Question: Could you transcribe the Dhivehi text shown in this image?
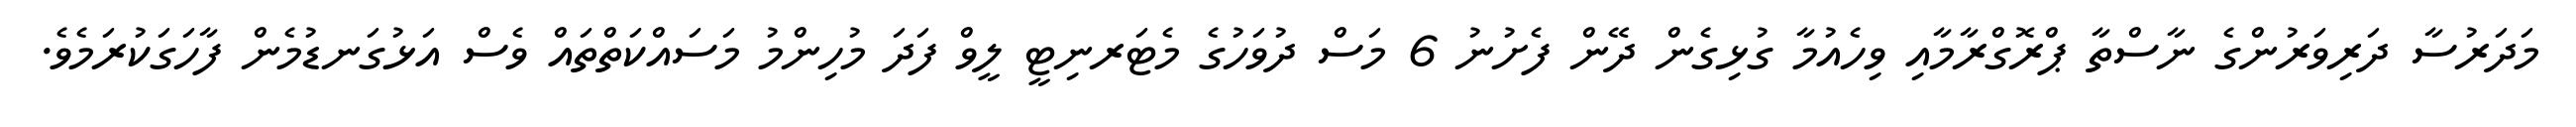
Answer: މަދަރުސާ ދަރިވަރުންގެ ނާސްތާ ޕްރޮގްރާމާއި ވިހެއުމާ ގުޅިގެން ދޭން ފެށުނު 6 މަސް ދުވަހުގެ މެޓަރނިޓީ ލީވް ފަދަ މުހިންމު މަސައްކަތްތައް ވެސް އަޅުގަނޑުމެން ފާހަގަކުރަމެވެ.